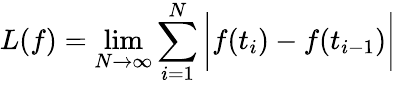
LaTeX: L(f)=\operatorname*{lim}_{N\to\infty}\sum_{i=1}^{N}{\bigg|}f(t_{i})-f(t_{i-1}){\bigg|}